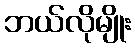
ဘယ်လိုမျိုး